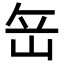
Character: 𡶠